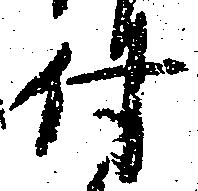
付